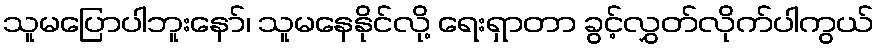
သူမပြောပါဘူးနော်၊ သူမနေနိုင်လို့ ရေးရှာတာ ခွင့်လွှတ်လိုက်ပါကွယ်